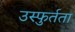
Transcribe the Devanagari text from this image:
उस्फुर्तता